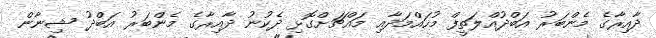
ދާއިރާގެ މެންބަރު އަބްދުއްލަތީފް މުހައްމަދާއި މައްޗަށްގޮޅި ދެކުނު ދާއިރާގެ މެންބަރު އަބްދު ޝިނާން